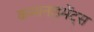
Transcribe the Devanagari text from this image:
कमानडमेंट्स